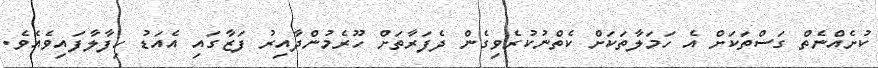
ކުށެއްނެތް ގަސްތަކަށް އެ ހަމަލާތަކަށް ކެތްނުކުރެވިގެން ދެފަރާތަށް ހޫރެމުންދާއިރު ފަޒާގައި އެއަޑު ހިފާލާފައިވެއެވެ.